Leaving Certificate Examination (including Day School Certificate (Higher) General paper), 1937
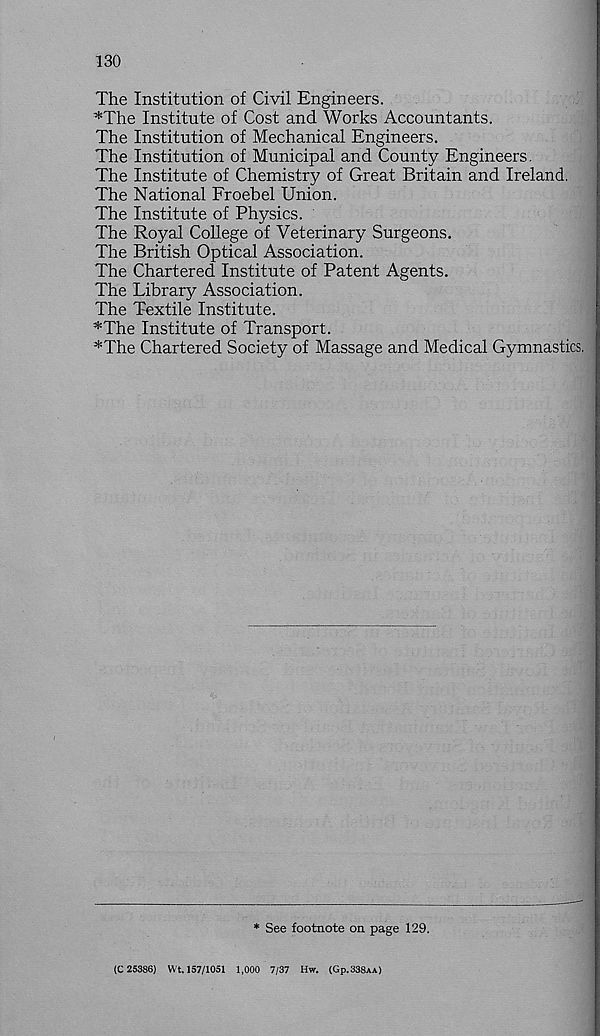
130
The Institution of Civil Engineers.
*The Institute of Cost and Works Accountants.
The Institution of Mechanical Engineers.
The Institution of Municipal and County Engineers.
The Institute of Chemistry of Great Britain and Ireland.
The National Froebel Union.
The Institute of Physics.
The Royal College of Veterinary Surgeons.
The British Optical Association.
The Chartered Institute of Patent Agents.
The Library Association.
The Textile Institute.
*The Institute of Transport.
*The Chartered Society of Massage and Medical Gymnastics.
* See footnote on page 129.
(C 25386) Wt. 157/1051 1,000 7/37 Hw. (G P .338aa)